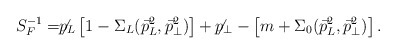
\begin{align*}S_F^{-1} = \not \! \! p_L\left[1-\Sigma_L({\vec p}_L^2,{\vec p}_\perp^2) \right]+ \not \! \! p_\perp - \left[m+\Sigma_0({\vec p}_L^2,{\vec p}_\perp^2)\right] .\end{align*}